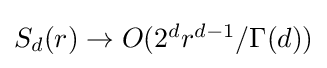
\textstyle S_{d}(r)\rightarrow O(2^{d}r^{d-1}/\Gamma (d))